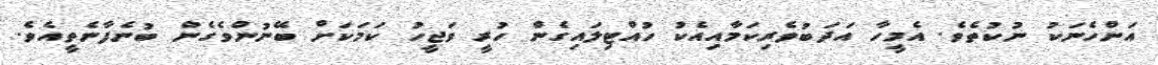
އަންހެނަކު ނުކުތެވެ. އެމީހާ އަދަބުވެރިކަމާއިއެކު ހުއްޓިލައިގެން ހުރީ ވަޖީހު ކަމަކަށް ބޭނުންވެގެން ބުނެފާނެތީއެވެ.